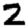
Digit: 2